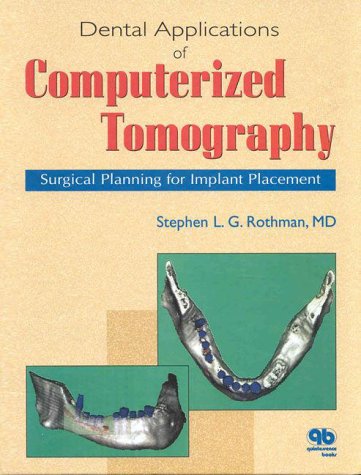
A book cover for Dental Applications of Computerized Tomography: Surgical Planning for Implant Placement; Stephen L. G. Rothman; Medical Books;